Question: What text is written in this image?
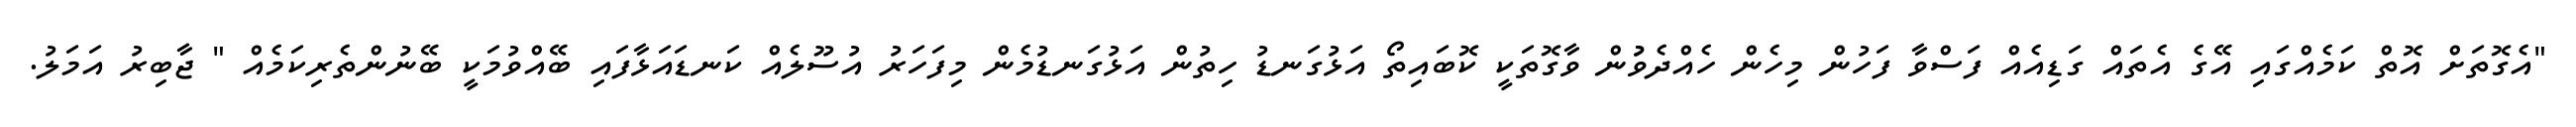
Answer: "އެގޮތަށް އޮތް ކަމެއްގައި އޭގެ އެތައް ގަޑިއެއް ފަސްވާ ފަހުން މިހެން ހެއްދެވުުން ވާގޮތަކީ ކޮބައިތޯ އަޅުގަނޑު ހިތުން އަޅުގަނޑުމެން މިފަހަރު އުސޫލެއް ކަނޑައަޅާފައި ބޭއްވުމަކީ ބޭނުންތެރިކަމެއް " ޖާބިރު އަމަލު.